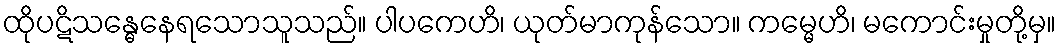
ထိုပဋိသန္ဓေနေရသောသူသည်။ ပါပကေဟိ၊ ယုတ်မာကုန်သော။ ကမ္မေဟိ၊ မကောင်းမှုတို့မှ။